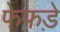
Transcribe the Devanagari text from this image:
फेफडे़